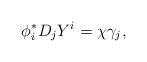
LaTeX: \begin{align*} \phi^*_iD_jY^i = \chi \gamma_j,\end{align*}